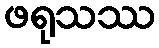
ဖရုသဿ